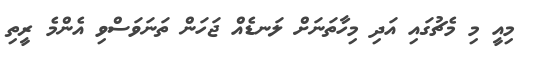
މިއީ މި މެޗުގައި އަދި މިހާތަނަށް ލަނޑެއް ޖަހަން ތަނަވަސްވި އެންމެ ރީތި